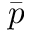
\bar { p }